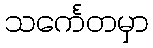
သင်္ကေတမှာ